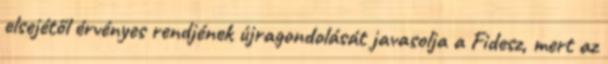
elsejétől érvényes rendjének újragondolását javasolja a Fidesz, mert az